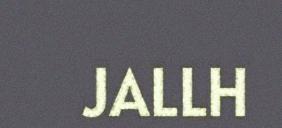
JALLH